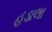
હડાલા